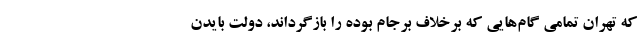
که تهران تمامی گام‌هایی که برخلاف برجام بوده را بازگرداند، دولت بایدن